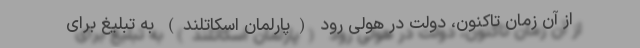
از آن زمان تاکنون، دولت در هولی‌ رود (پارلمان اسکاتلند) به تبلیغ برای